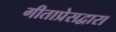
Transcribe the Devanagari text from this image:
गीताप्रेसद्वारा